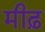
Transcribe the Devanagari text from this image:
मीढ़